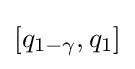
[q_{1-\gamma },q_{1}]